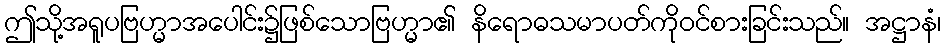
ဤသို့အရူပဗြဟ္မာအပေါင်း၌ဖြစ်သောဗြဟ္မာ၏ နိရောဓသမာပတ်ကိုဝင်စားခြင်းသည်။ အဋ္ဌာနံ၊